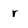
Character: r